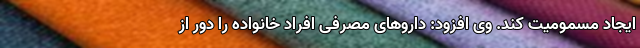
ایجاد مسمومیت کند. وی افزود: داروهای مصرفی افراد خانواده را دور از